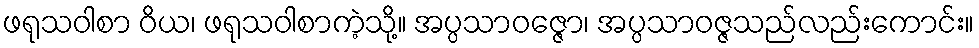
ဖရုသဝါစာ ဝိယ၊ ဖရုသဝါစာကဲ့သို့။ အပ္ပသာဝဇ္ဇော၊ အပ္ပသာဝဇ္ဇသည်လည်းကောင်း။